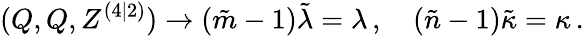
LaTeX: (Q,Q,Z^{(4|2)})\rightarrow(\tilde{m}-1)\tilde{\lambda}=\lambda\, ,\quad(\tilde{n}-1)\tilde{\kappa}=\kappa\, .